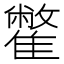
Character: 䨆